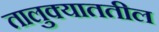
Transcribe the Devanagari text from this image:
तालुक्याततील